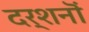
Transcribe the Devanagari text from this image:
दर्शनॊं